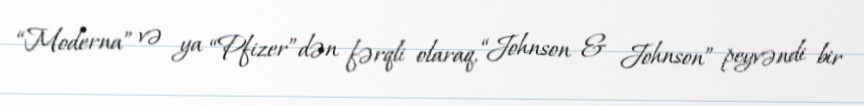
“Moderna” və ya “Pfizer”dən fərqli olaraq, “Johnson & Johnson” peyvəndi bir